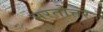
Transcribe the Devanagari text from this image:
भरतोत्तर